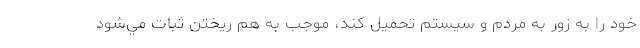
خود را به زور به مردم و سيستم تحميل كند، موجب به هم ريختن ثبات مي‌شود